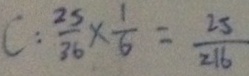
C : \frac { 2 5 } { 3 6 } \times \frac { 1 } { 6 } = \frac { 2 5 } { 2 1 6 }